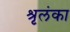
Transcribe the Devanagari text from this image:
श्रृलंका